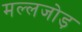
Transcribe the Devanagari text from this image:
मल्लजोड़